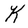
Character: K